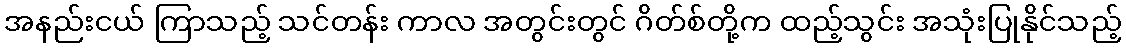
အနည်းငယ် ကြာသည့် သင်တန်း ကာလ အတွင်းတွင် ဂိတ်စ်တို့က ထည့်သွင်း အသုံးပြုနိုင်သည့်